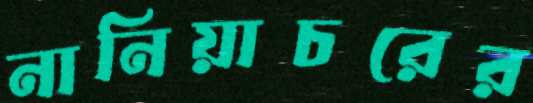
নানিয়াচরের